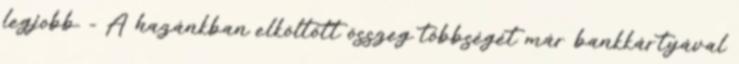
legjobb. - A hazánkban elköltött összeg többségét már bankkártyával